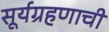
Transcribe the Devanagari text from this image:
सूर्यग्रहणाची